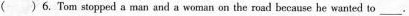
( )6. Tom stopped a man and a woman on the road because he wanted to ___.